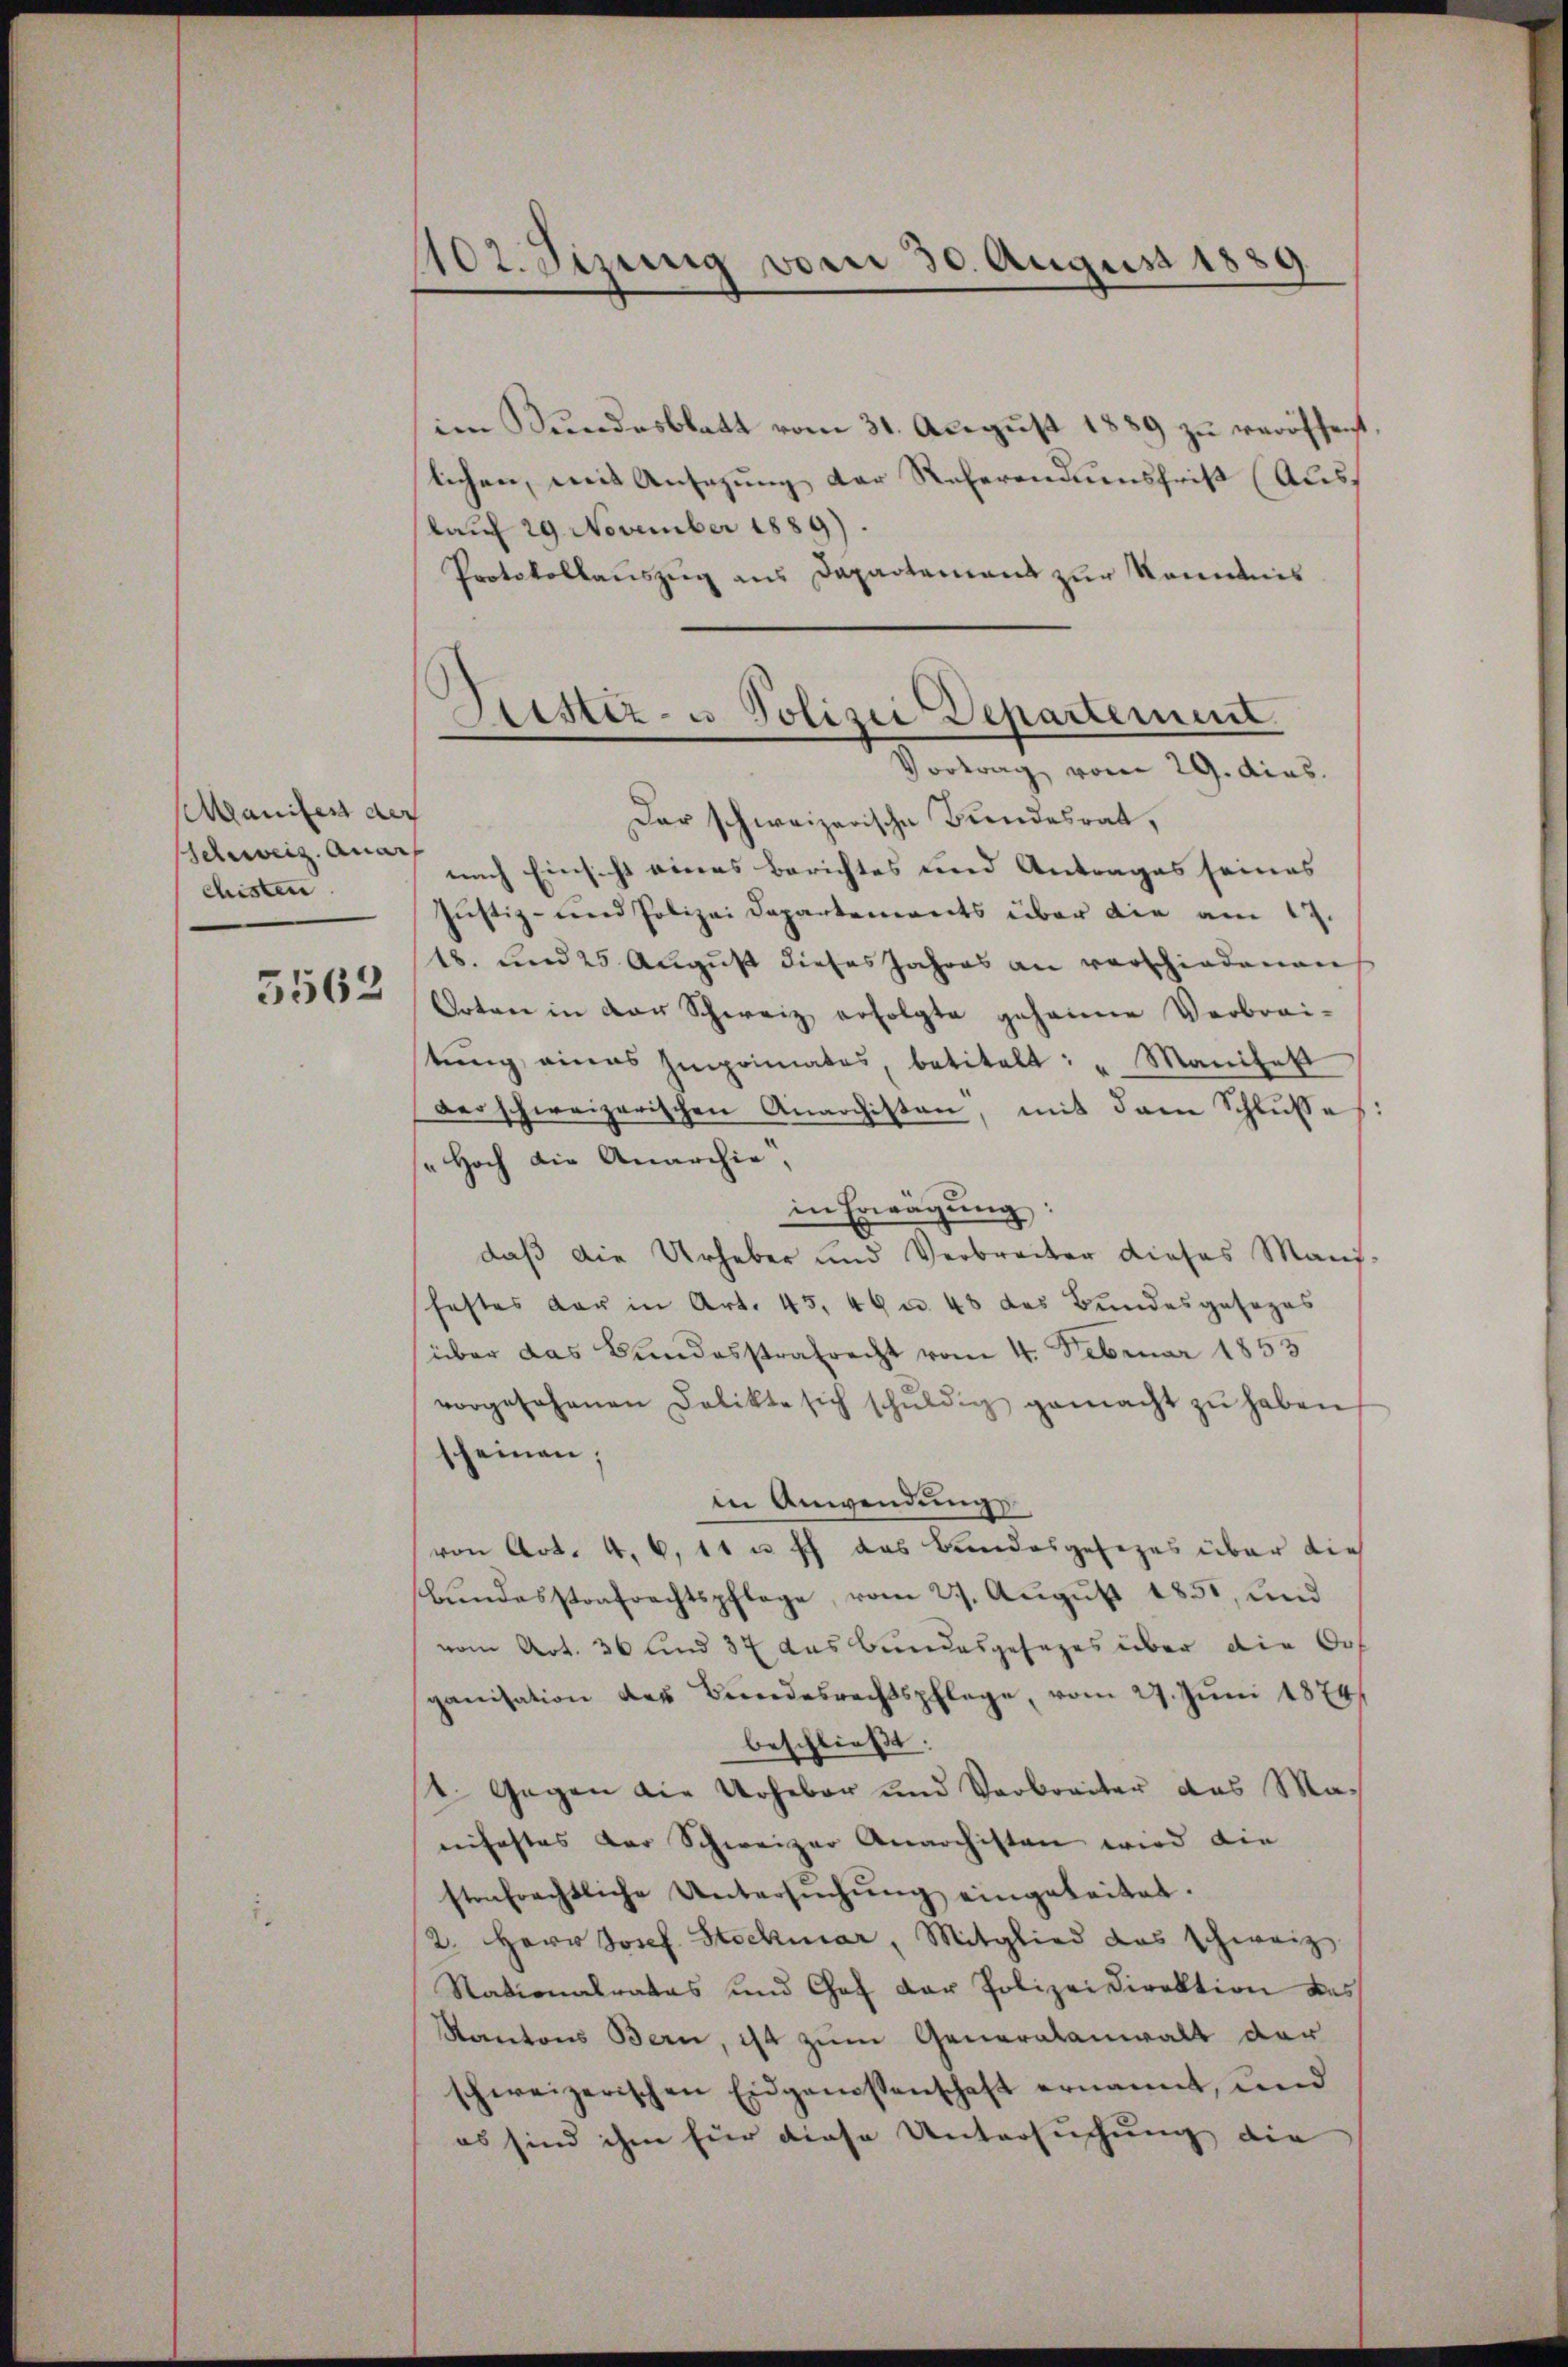
Manifest der
Schweiz. Quar
chisten
5562

102. Sizung vom 30. August 1889.

im Bundesblatt vom 31. August 1889 zu veröffent
lichen, mit Ansezung der Referenduesfrist (Auskaŭf 29 November 1889).
Protokollauszug aus Departemens zur Kenntnis
Der schweizerische Bundesrat,
nach Einsicht eines Berichtes und Antrages seines
Justiz- und Polizei Departements über die am 17.
18. und 25. Aŭgŭst dieses Jahres an verschiedenen
Orten in der Schweiz erfolgte gehaine Verbrai-
tŭng eines Imprimates, betitelt: " Manifett
derschweizerischen Anarchisten, mit dem Schlußes:
s Hoch die Anarchia,
in Erwägung
daß die Urheber und Verbreiter dieses Mans-
festes der in Art. 45. 49 u. 48 des Bundesgesezes
über das Bundesstrafrecht vom 4. Februar 1853
vorgesehenen Delikte sich schŭldig gemacht zŭ haben.
scheinen;
in Anwendungsvon Art. 4. 6, 11 u. ich das Bundesgesezes über die
Bŭndesstrafrechtspflege, vom 27. Aŭgŭst 1851, und
vom Art. 36 und 37 das Bundesgesages über die Sof
ganisation des Bundesrechtspflege, vom 27. Jŭni 1874/
beschließt:
1. Gegen die Urheber und Verbreiter das Ma-
einfastes der Schweizer Anarchisten wird die
strafrechtliche Untersŭchŭng eingeleitet.
2. Herr Josef Stockmar, Mitglied das schweiz.
Stationalrates und Chef der Polizeidirektion des
Kantons Bern, ist zum Generalanwalt der
schweizerischen Eidgenossenschaft ernannt, und
es sind ihm für diese Untersuchung die

Sistiz- u Polizei Departement
Vortrag vom 29. dies